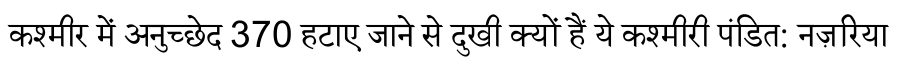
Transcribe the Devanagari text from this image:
कश्मीर में अनुच्छेद 370 हटाए जाने से दुखी क्यों हैं ये कश्मीरी पंडित: नज़रिया